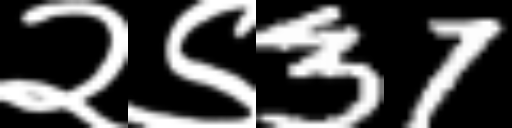
Text: २९37